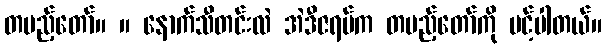
တပည့်တော်။ ။ နောက်သီတင်းလဲ အဲဒီဇရပ်က တပည့်တော်ကို ပင့်ပါတယ်။